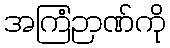
အကြံဉာဏ်ကို